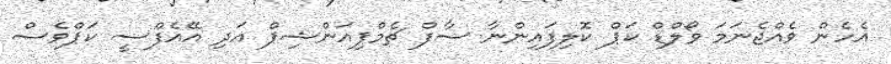
އެހެން ވެއްޖެނަމަ ވޯލްޑް ކަޕް ކޮލިފައިންނާ ސާފް ޗެމްޕިއަންޝިޕް އަދި އޭއެފްސީ ކަޕްވެސް